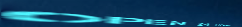
Open 24 Hours